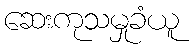
ဆေးကုသမှုခံယူ